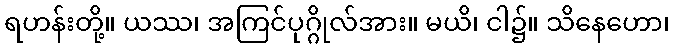
ရဟန်းတို့။ ယဿ၊ အကြင်ပုဂ္ဂိုလ်အား။ မယိ၊ ငါ၌။ သိနေဟော၊